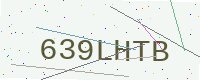
Text: 639LHTB